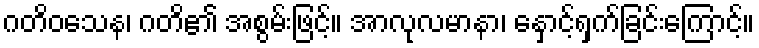
ဂတိဝသေန၊ ဂတိ၏ အစွမ်းဖြင့်။ အာလုလမာနာ၊ နှောင့်ရှက်ခြင်းကြောင့်။